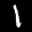
Label: 1